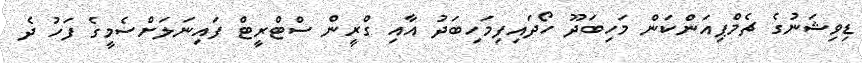
ޑިވިޝަނުގެ ޗެމްޕިއަންކަން މަހިބަދޫ ހޯދައިފިމަހިބަދު އާއި ގްރީން ސްޓްރީޓް ފައިނަލަށްސެމީގެ ފަހު ދެ